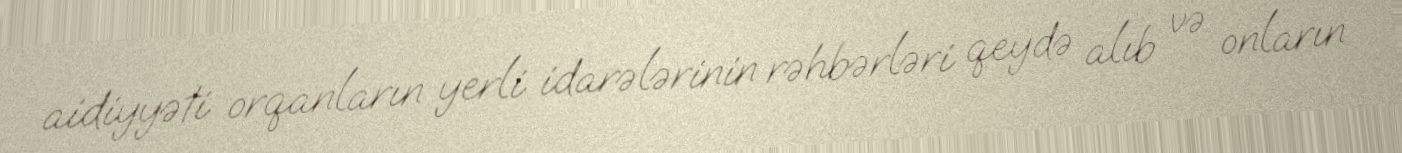
aidiyyəti orqanların yerli idarələrinin rəhbərləri qeydə alıb və onların